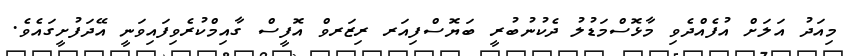
މިއަދު އަލަށް އުފެއްދެވި މާޅޮސްމަޑުލު ދެކުނުބުރީ ބަޔޮސްފިއަރ ރިޒަރވް އޮފީސް ގާއިމްކުރެވިފައިވަނީ އޭދަފުށީގައެވެ.